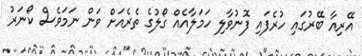
އޭރިއާ ބޭރުގައި ހުރެފައި ފޮނުވާލި ހަމަލާއެއް ގޯލުގެ ތެރެއަށް ވަން ނަމަވެސް ކޯނަރު